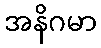
အနိဂမာ